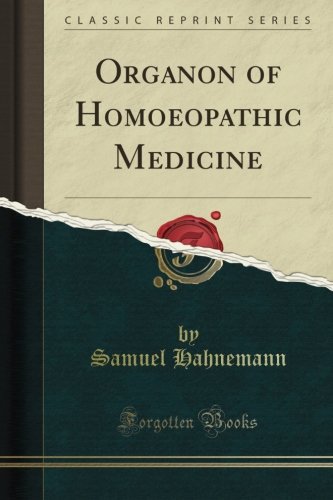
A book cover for Organon of Homoeopathic Medicine (Classic Reprint); Samuel Hahnemann; Health, Fitness & Dieting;